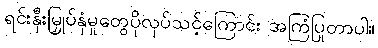
ရင်းနှီးမြှုပ်နှံမှုတွေပိုလုပ်သင့်ကြောင်း အကြံပြုတာပါ။